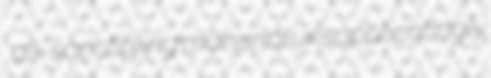
all-sanctifying manurial unsupplicatingly